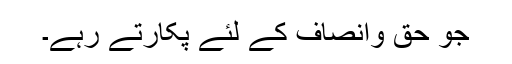
جو حق وانصاف کے لئے پکارتے رہے۔